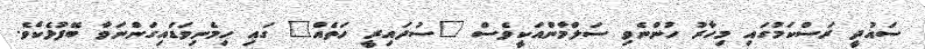
ސައުދީ ރަސްކަމުގައި މިހާރު ހުންނެވި ސަލްމާންއަކީވެސް "ސުދައިރީ ހަތެއް" ގައި ހިމެނިވަޑައިގަންނަވާ ބޭފުޅެކެވެ.